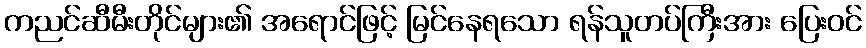
ကညင်ဆီမီးတိုင်များ၏ အရောင်ဖြင့် မြင်နေရသော ရန်သူတပ်ကြီးအား ပြေးဝင်